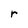
Character: r